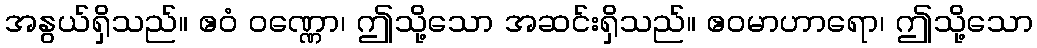
အနွယ်ရှိသည်။ ဧဝံ ဝဏ္ဏော၊ ဤသို့သော အဆင်းရှိသည်။ ဧဝမာဟာရော၊ ဤသို့သော